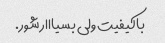
باکیفیت ولی بسیااار شور.